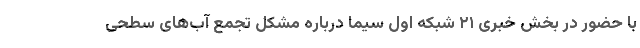
با حضور در بخش خبری ۲۱ شبکه اول سیما درباره مشکل تجمع آب‌های سطحی